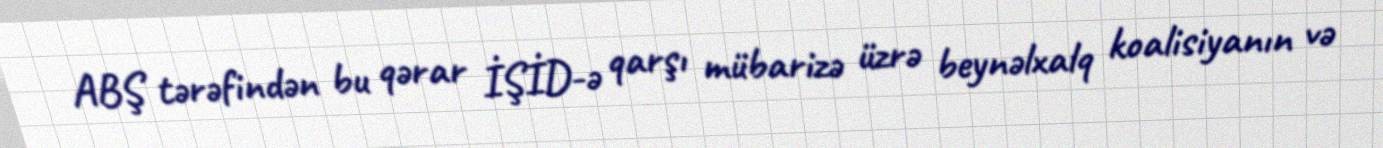
ABŞ tərəfindən bu qərar İŞİD-ə qarşı mübarizə üzrə beynəlxalq koalisiyanın və